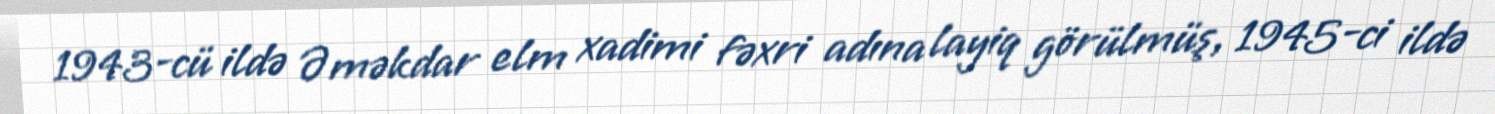
1943-cü ildə Əməkdar elm xadimi fəxri adına layiq görülmüş, 1945-ci ildə